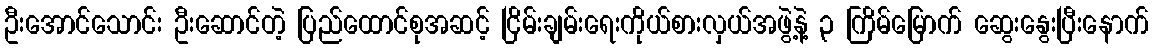
ဦးအောင်သောင်း ဦးဆောင်တဲ့ ပြည်ထောင်စုအဆင့် ငြိမ်းချမ်းရေးကိုယ်စားလှယ်အဖွဲ့နဲ့ ၃ ကြိမ်မြောက် ဆွေးနွေးပြီးနောက်